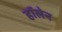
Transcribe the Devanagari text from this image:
हॉलेन